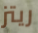
ريتز